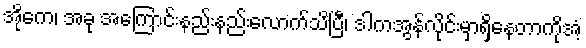
အိုကေ၊ အခု အကြောင်းနည်းနည်းလောက်သိပြီ၊ ဒါကအွန်လိုင်းမှာရှိနေတာကိုအံ့